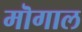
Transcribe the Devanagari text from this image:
मॊगाल